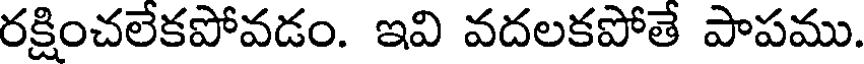
రక్షించలేకపోవడం. ఇవి వదలకపోతే పాపము.